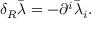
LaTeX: \delta _ { R } \bar { \lambda } = - \partial ^ { i } \bar { \lambda } _ { i } .